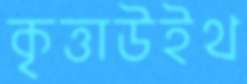
কৃত্তাউইথ